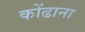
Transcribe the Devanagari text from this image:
कोंढाना